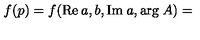
f ( p ) = f ( \mathrm { R e } \: a , b , \mathrm { I m } \: a , \mathrm { a r g } \: A ) =